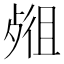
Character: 𣨖